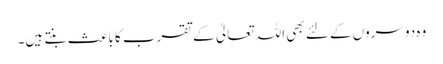
وہ دوسروں کے لئے بھی اللہ تعالیٰ کے تقرب کا باعث بنتے ہیں۔